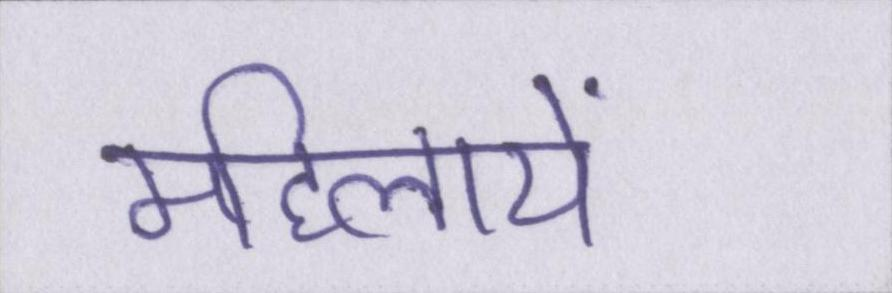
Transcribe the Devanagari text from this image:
महिलायें